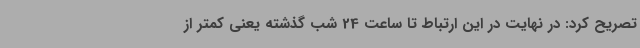
تصریح کرد: در نهایت در این ارتباط تا ساعت 24 شب گذشته یعنی کمتر از